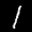
Label: 1